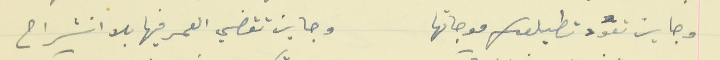
وجايز تعود تطيلعلك موجاتها                                    وجايز تقضي العمر فيها بلا انشراح